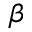
\beta